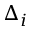
\Delta _ { i }